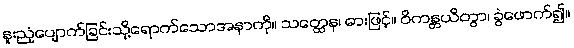
နူးညံ့ပျောက်ခြင်းသို့ရောက်သောအနာကို။ သတ္ထေန၊ ဓားဖြင့်။ ဝိကန္တယိတွာ၊ ခွဲဖောက်၍။